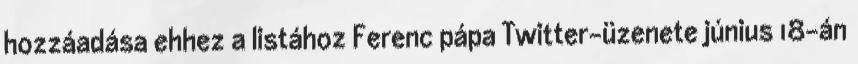
hozzáadása ehhez a listához Ferenc pápa Twitter-üzenete június 18-án